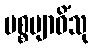
ပစ္စဗျာဓိံသု